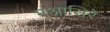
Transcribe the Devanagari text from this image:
मआसिरे